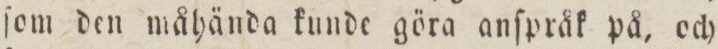
ſom den måhända kunde göra anſpråk på, och